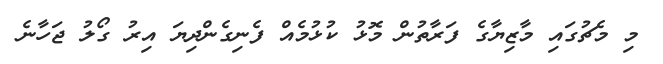
މި މެޗުގައި މާޒިޔާގެ ފަރާތުން މޮޅު ކުޅުމެއް ފެނިގެންދިޔަ އިރު ގޯލު ޖަހާނެ